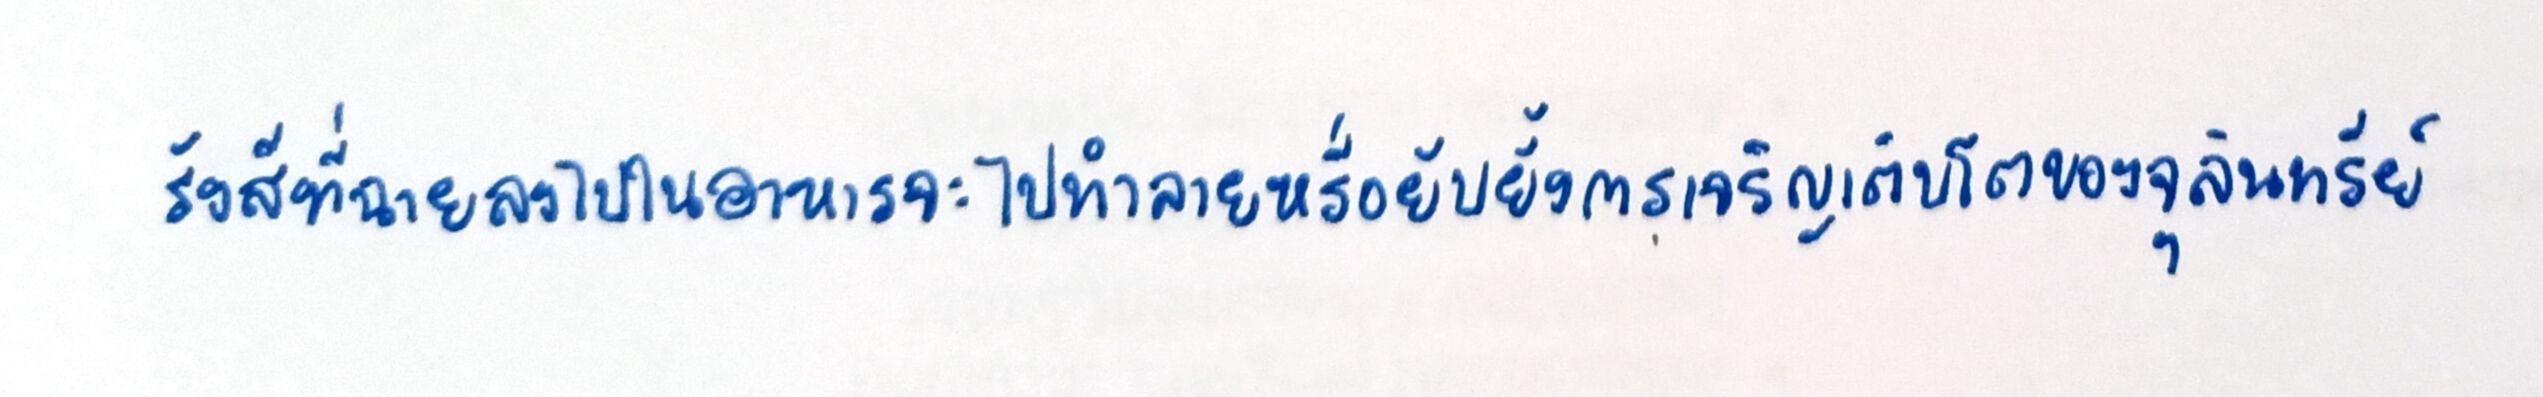
รังสีที่ฉายลงไปในอาหารจะไปทำลายหรือยับยั้งการเจริญเติบโตของจุลินทรีย์